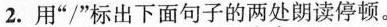
2.用”/”标出下面句子的两处朗读停顿。